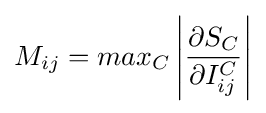
M_{ij}=max_{C}\left|{\frac {\partial S_{C}}{\partial I_{ij}^{C}}}\right|